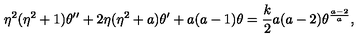
\eta ^ { 2 } ( \eta ^ { 2 } + 1 ) \theta ^ { \prime \prime } + 2 \eta ( \eta ^ { 2 } + a ) \theta ^ { \prime } + a ( a - 1 ) \theta = { \frac { k } { 2 } } a ( a - 2 ) \theta ^ { \frac { a - 2 } { a } } ,